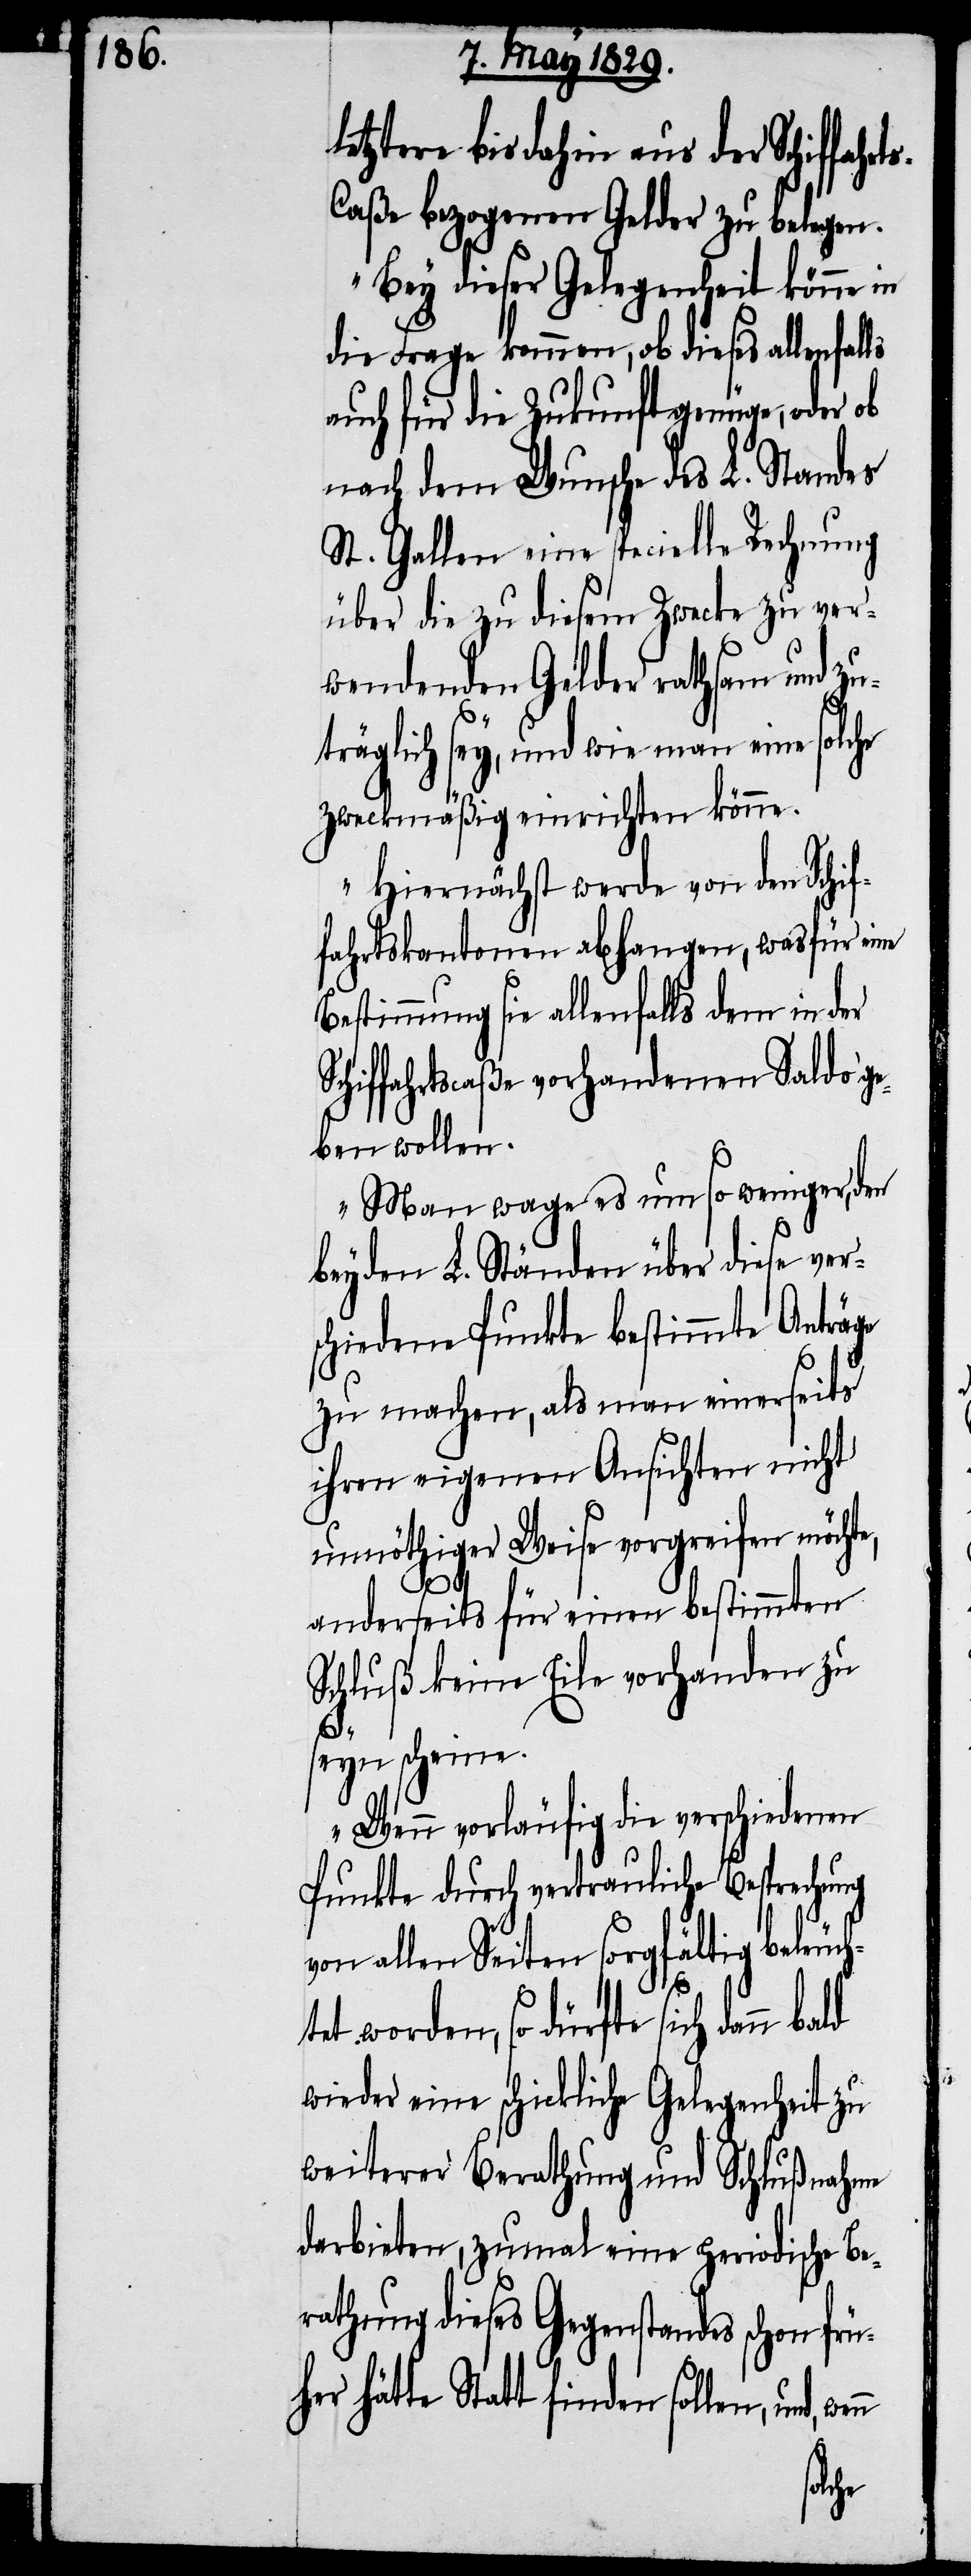
letztere bis dahin aus der Schiffa¬
s-Caße bezogenen Gelder zu belegen.
Bey dieser Gelegenheit könne in
die Frage kommen, ob dieses
auch für die Zukunft genüge, oder ob
nach dem Wunsche des L. Standes
St. Gallen eine specielle Rechnung
über die zu diesem Zwecke zu ver¬
wendenden Gelder rathsam und zu¬
träglich sey, und wie man eine solche
zweckmäßig einrichten könne.
Hiernächst werde von den Schif¬
fahrtskantonen abhangen, wasfür eine
Bestimmung sie allenfalls dem in der
Schiffahrtscaße vorhandenen Saldo ge¬
ben wollen.
Man wage es um so weniger, den
beyden L. Ständen über diese ver¬
schiedene Punkte bestimmte Anträge
zu machen, als man einerseits
ihren eigenen Ansichten nicht
unnöthiger Weise vorgreifen möchte,
anderseits für einen bestimmten
Schluß keine Eile vorhanden zu
seyn scheine.
Wenn vorläufig die verschiedenen
Punkte durch vertrauliche Besprechung
von allen Seiten sorgfältig beleuch¬
tet worden, so dürfte sich dann
wieder eine schickliche Gelegenheit zu
weiterer Berathung und Schlußnahme
darbieten, zumal eine periodische Be¬
rathung dieses Gegenstandes schon frü¬
her hätte Statt finden sollen, und,
wenn